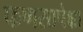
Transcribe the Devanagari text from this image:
फणसापेक्षा